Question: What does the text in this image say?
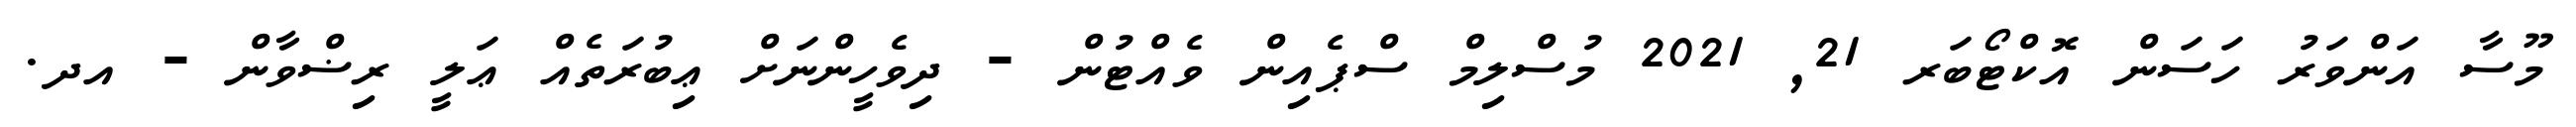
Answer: މޫސާ އަންވަރު ހަސަން އޮކްޓޯބަރ 21, 2021 މުސްލިމް ސްޕެއިން ވެއްޓުން - ދިވެހީންނަށް ޢިބުރަތެއް ޢަލީ ރިޟްވާން - އދ.